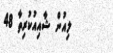
ލިއުން ޝާއިއުކުރިތާ 48